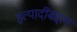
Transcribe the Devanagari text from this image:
इत्यादींबद्दल